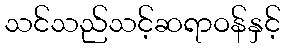
သင်သည်သင့်ဆရာဝန်နှင့်